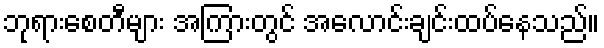
ဘုရားစေတီများ အကြားတွင် အလောင်းချင်းထပ်နေသည်။